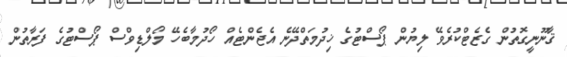
ޤާނޫނީގޮތުން ގެޒެޓްކުރެވޭ ލިޔުން ޕޯސްޓުގެ ޚިދުމަތްދޭނެ އެޖެންޓެއް ހޯދުމާބެހޭ މޯލްޑިވްސް ޕޯސްޓުގެ ފަރާތުން